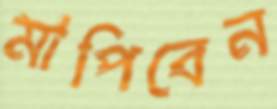
মাপিবেন